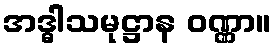
အဒ္ဓါသမုဋ္ဌာန ဝဏ္ဏာ။